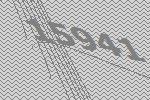
15941